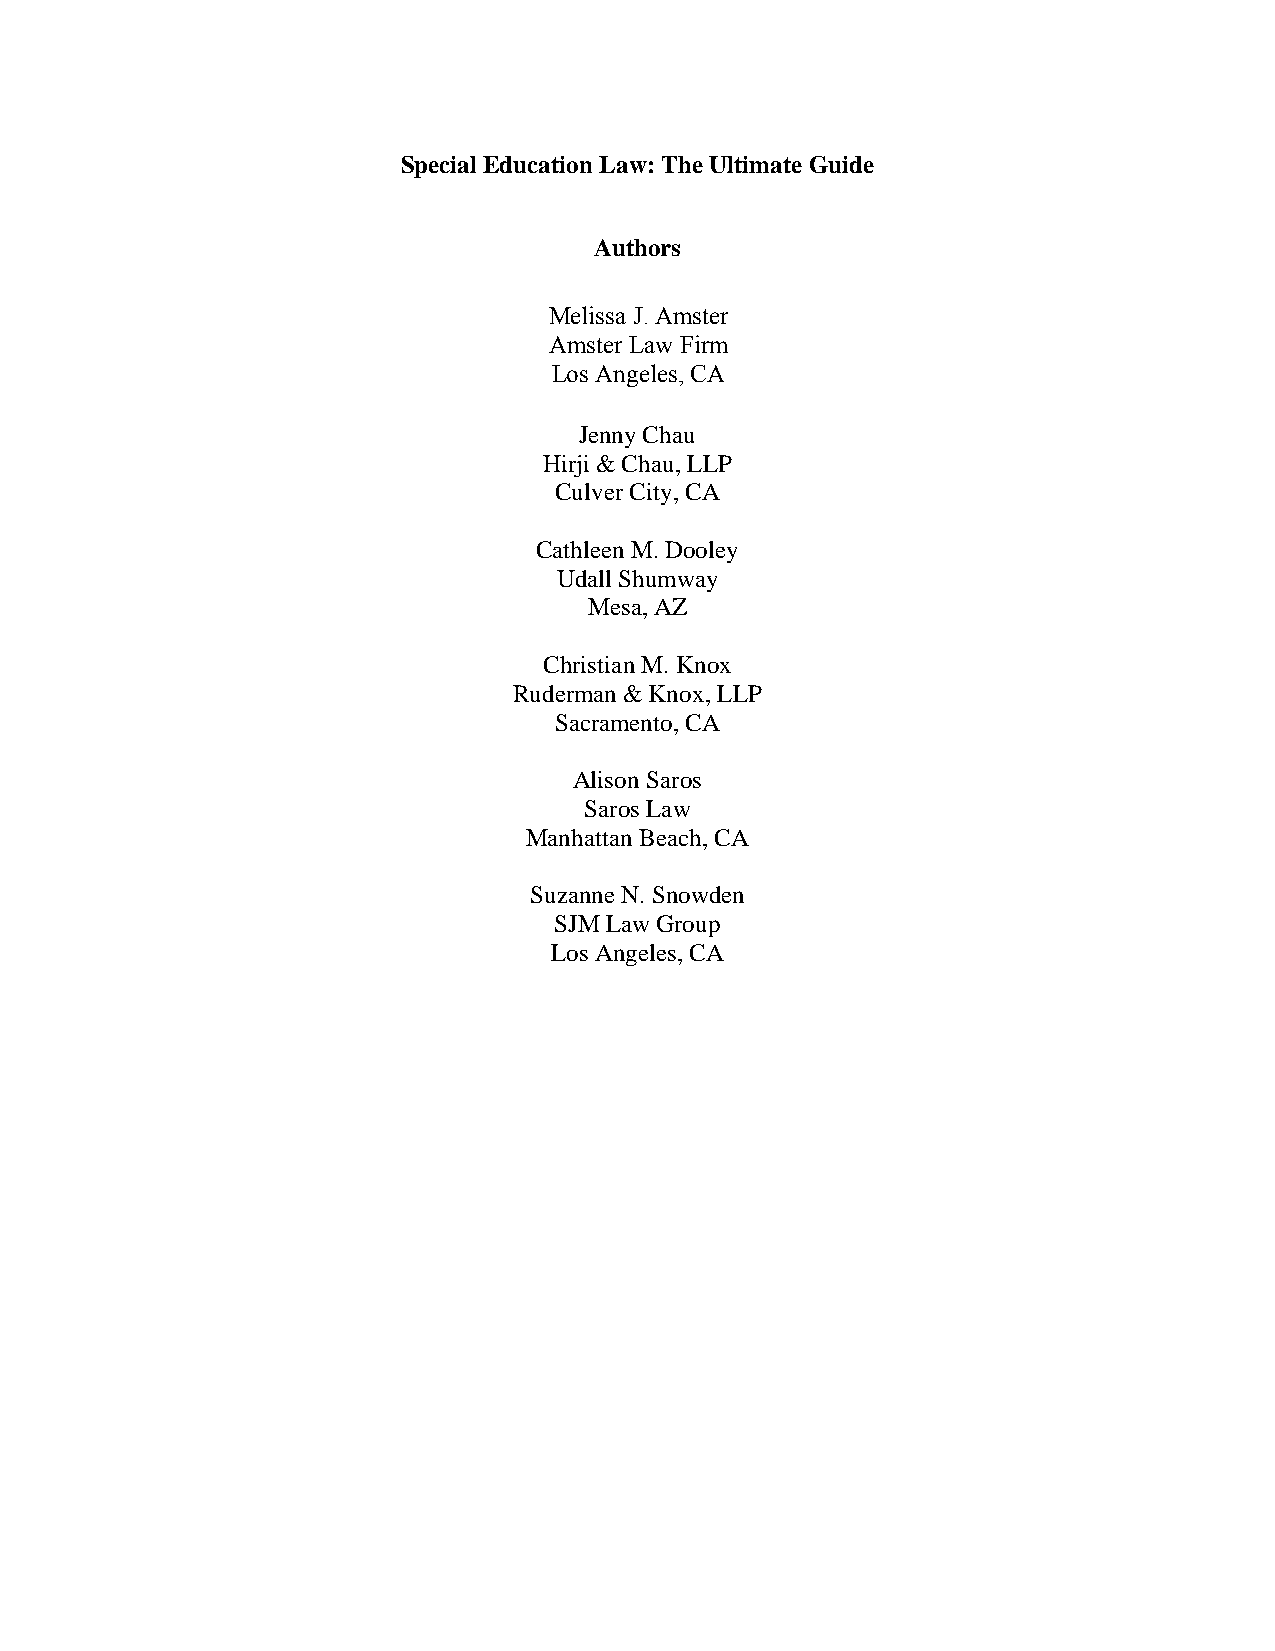
Special Education Law: The Ultimate Guide
 Authors
 Melissa J. Amster
 Amster Law Firm
 Los Angeles, CA
 Jenny Chau
 Hirji & Chau, LLP
 Culver City, CA
 Cathleen M. Dooley
 Udall Shumway
 Mesa, AZ
 Christian M. Knox
 Ruderman & Knox, LLP
 Sacramento, CA
 Alison Saros
 Saros Law
 Manhattan Beach, CA
 Suzanne N. Snowden
 SJM Law Group
 Los Angeles, CA